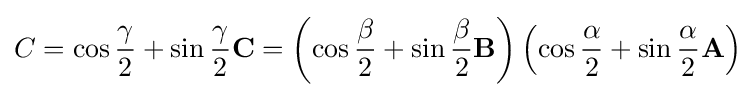
C=\cos {\frac {\gamma }{2}}+\sin {\frac {\gamma }{2}}\mathbf {C} =\left(\cos {\frac {\beta }{2}}+\sin {\frac {\beta }{2}}\mathbf {B} \right)\left(\cos {\frac {\alpha }{2}}+\sin {\frac {\alpha }{2}}\mathbf {A} \right)